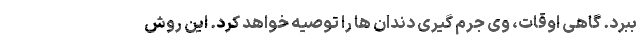
ببرد. گاهی اوقات، وی جرم گیری دندان ها را توصیه خواهد کرد. این روش